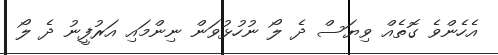
އެހެންވެ ގޮތެއް ވިޔަސް ދެ ލޯ ނުހުޅުވަން ނިންމައި އަރުފީނު ދެ ލޯ